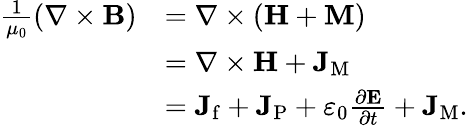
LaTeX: {\begin{array}{rl}{{\frac{1}{\mu_{0}}}(\mathbf{\nabla}\times\mathbf{B})}&{=\mathbf{\nabla}\times\left(\mathbf{H}+\mathbf{M}\right)}\\ &{=\mathbf{\nabla}\times\mathbf{H}+\mathbf{J}_{\mathrm{M}}}\\ &{=\mathbf{J}_{\mathrm{f}}+\mathbf{J}_{\mathrm{P}}+\varepsilon_{0}{\frac{\partial\mathbf{E}}{\partial t}}+\mathbf{J}_{\mathrm{M}}.}\end{array}}